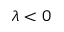
\lambda < 0